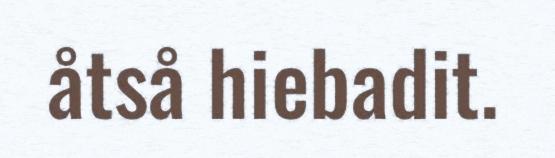
åtså hiebadit.